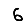
Digit: 6